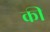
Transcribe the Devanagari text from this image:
की